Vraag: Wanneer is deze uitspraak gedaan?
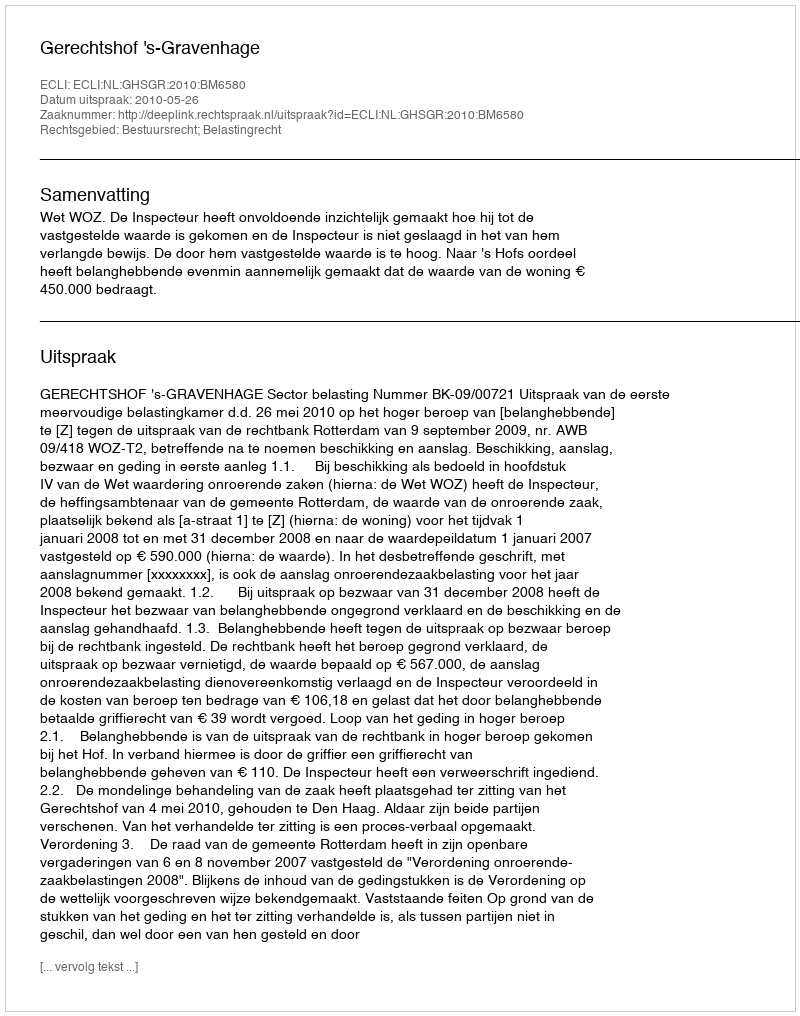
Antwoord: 2010-05-26